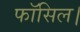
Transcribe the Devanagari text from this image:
फॉसिल।